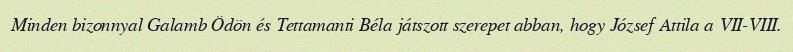
Minden bizonnyal Galamb Ödön és Tettamanti Béla játszott szerepet abban, hogy József Attila a VII-VIII.